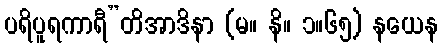
ပရိပူရကာရီ”တိအာဒိနာ (မ။ နိ။ ၁။၆၅) နယေန